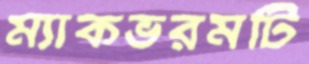
ম্যাকভরমটি